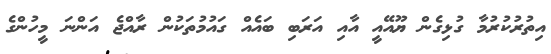
އިތުރުކުރުމާ ގުޅިގެން ޔޫއޭއީ އާއި އަރަބި ބައެއް ގައުމުތަކުން ރާއްޖެ އަންނަ މީހުންގެ